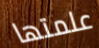
علمتها